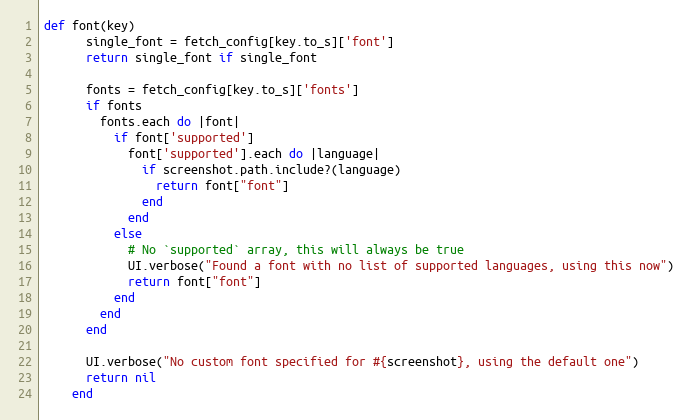
Language: Ruby
def font(key)
      single_font = fetch_config[key.to_s]['font']
      return single_font if single_font

      fonts = fetch_config[key.to_s]['fonts']
      if fonts
        fonts.each do |font|
          if font['supported']
            font['supported'].each do |language|
              if screenshot.path.include?(language)
                return font["font"]
              end
            end
          else
            # No `supported` array, this will always be true
            UI.verbose("Found a font with no list of supported languages, using this now")
            return font["font"]
          end
        end
      end

      UI.verbose("No custom font specified for #{screenshot}, using the default one")
      return nil
    end